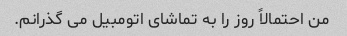
من احتمالاً روز را به تماشای اتومبیل می گذرانم.